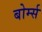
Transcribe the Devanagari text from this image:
बोर्म्स